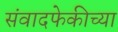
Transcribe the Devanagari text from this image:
संवादफेकीच्या